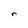
Character: r